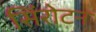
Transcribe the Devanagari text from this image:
सिंरोटन